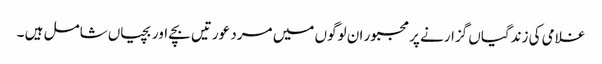
غلامی کی زندگیاں گزارنے پر مجبور ان لوگوں میں مرد عورتیں بچے اور بچیاں شامل ہیں ۔